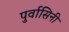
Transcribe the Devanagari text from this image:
पुर्वासिनी